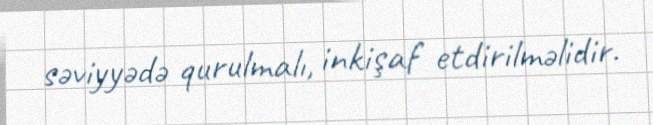
səviyyədə qurulmalı, inkişaf etdirilməlidir.